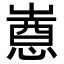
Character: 𫵯